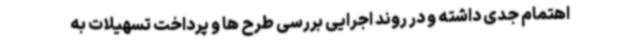
اهتمام جدی داشته و در روند اجرایی بررسی طرح ها و پرداخت تسهیلات به